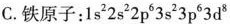
C.铁原子：1s^{2} 2s^{2} 2p^{6} 3s^{2} 3p^{6} 3d^{8}